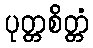
ပုတ္တစိတ္တံ